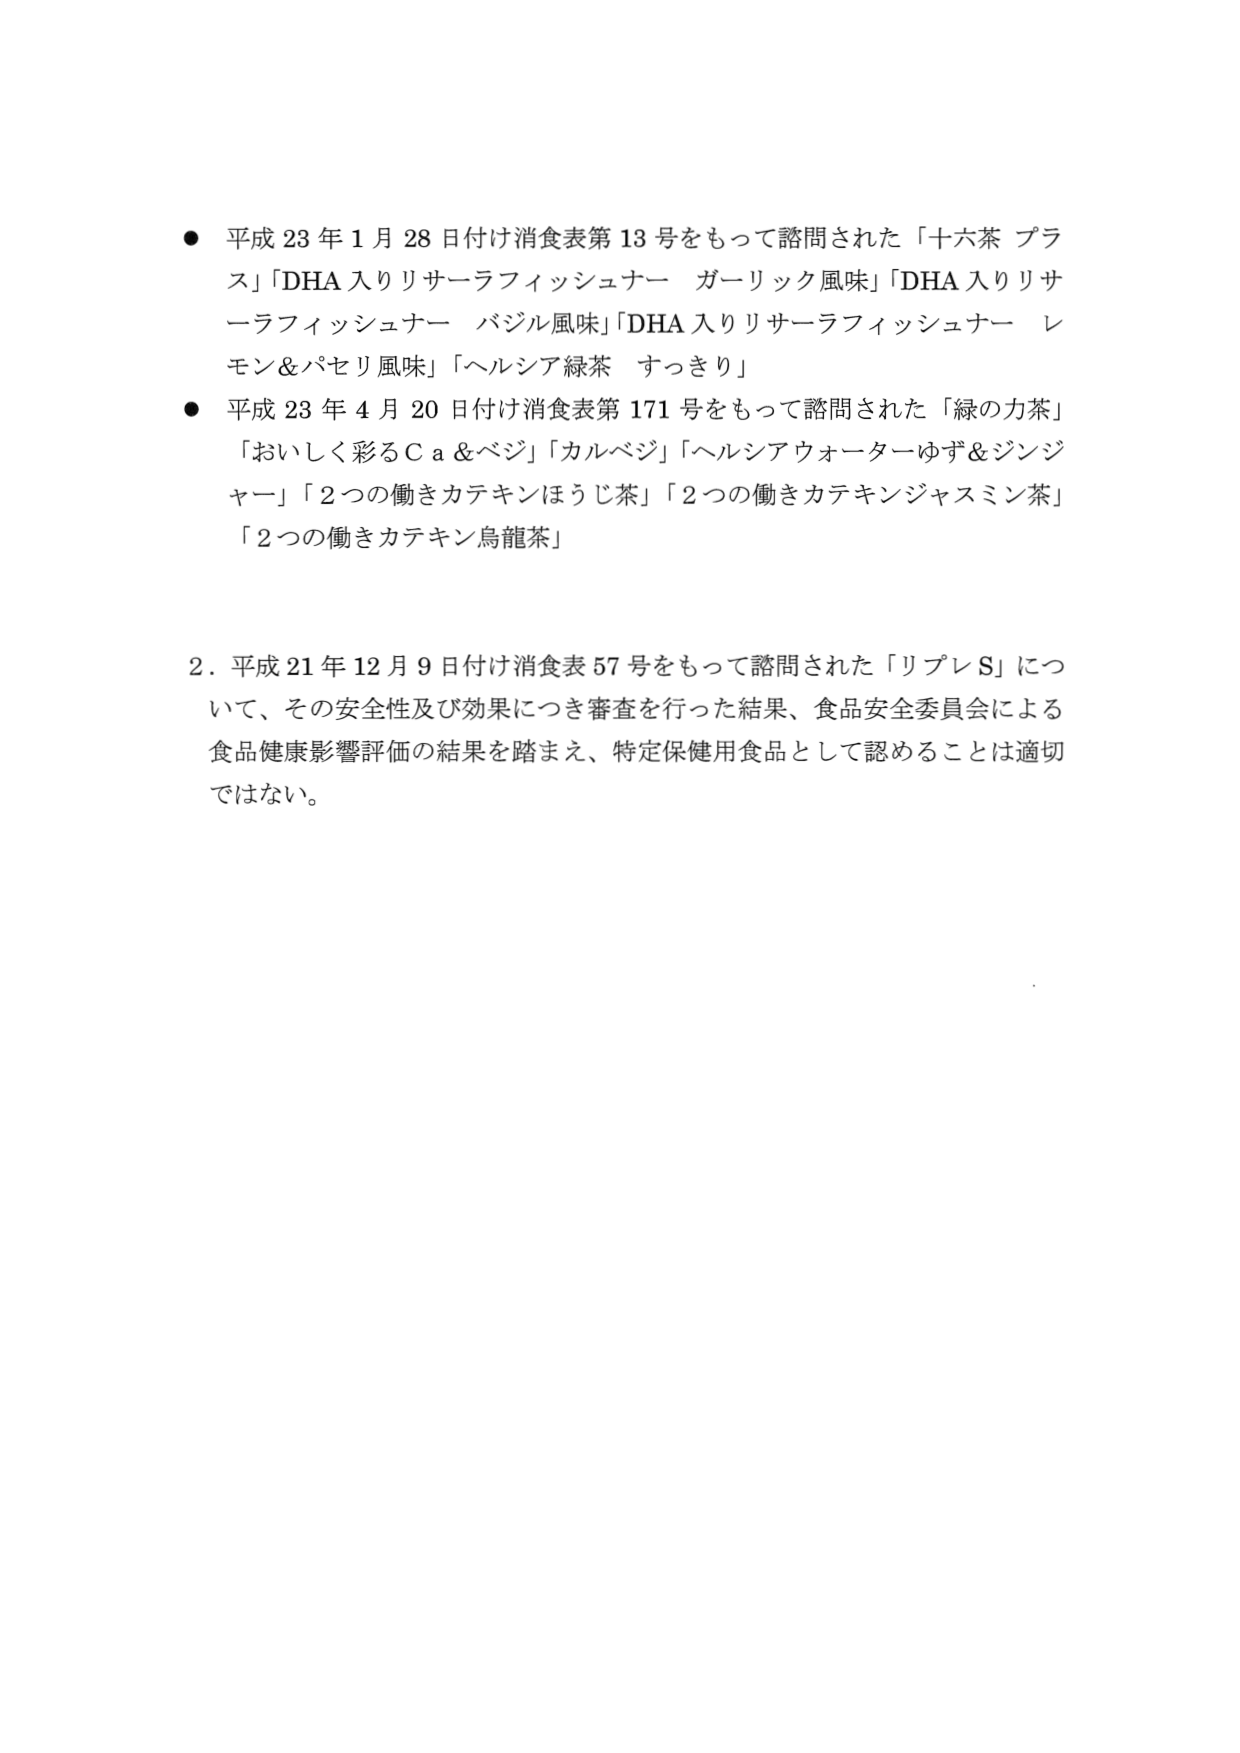
● 平成 23 年 1 月 28 日付け消食表第 13 号をもって諮問された「十六茶 プラス」「DHA 入りリサーラフィッシュナー ガーリック風味」「DHA 入りリサーラフィッシュナー バジル風味」「DHA 入りリサーラフィッシュナー レモン＆パセリ風味」「ヘルシア緑茶 すっきり」

● 平成 23 年 4 月 20 日付け消食表第 171 号をもって諮問された「緑の力茶」「おいしく彩るＣａ＆ベジ」「カルベジ」「ヘルシアウォーターゆず＆ジンジャー」「2つの働きカテキンほうじ茶」「2つの働きカテキンジャスミン茶」「2つの働きカテキン烏龍茶」

2．平成 21 年 12 月 9 日付け消食表 57 号をもって諮問された「リプレＳ」について、その安全性及び効果につき審査を行った結果、食品安全委員会による食品健康影響評価の結果を踏まえ、特定保健用食品として認めるることは適切ではない。